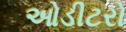
ઓડીટરો